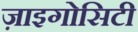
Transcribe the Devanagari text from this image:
ज़ाइगोसिटी